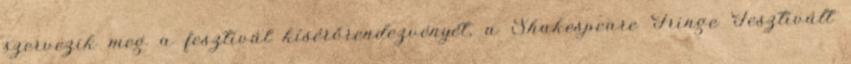
szervezik meg a fesztivál kísérőrendezvényét, a Shakespeare Fringe Fesztivált